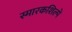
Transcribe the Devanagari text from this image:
स्मारकशिल्पे